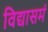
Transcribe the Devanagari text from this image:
विद्यासमं